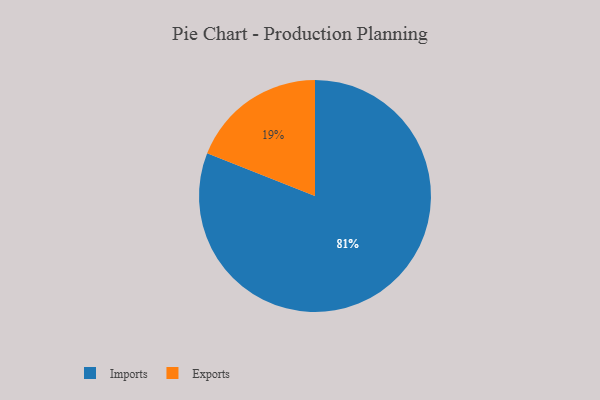
{"axis": {"x": "Category", "y": "Percentage"}, "legend": ["Exports", "Imports"], "data": [{"x": "Exports", "y": 19, "type": "Exports"}, {"x": "Imports", "y": 81, "type": "Imports"}]}